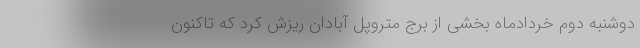
دوشنبه دوم خردادماه بخشی از برج متروپل آبادان ریزش کرد که تاکنون